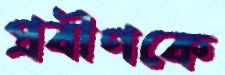
প্রবীণকে